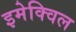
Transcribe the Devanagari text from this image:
इमेक्विल